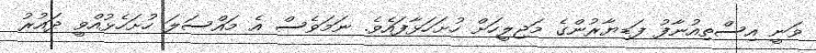
ވަނީ އިސްތިއުނާފު ފަޑިޔާރުންގެ މަޖިލީހަށް ހުށަހަޅާފައެވެ. ނަމަވެސް އެ މައްސަލަ ހުށަހެޅުއްވީ ދައުރު